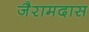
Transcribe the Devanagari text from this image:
जैरामदास